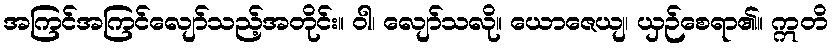
အကြင်အကြင်လျော်သည့်အတိုင်း။ ဝါ၊ လျော်သလို။ ယောဇေယျ၊ ယှဉ်စေရာ၏။ ဣတိ